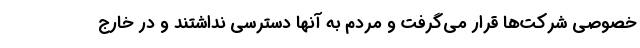
خصوصی شرکت‌ها قرار می‌گرفت و مردم به آنها دسترسی نداشتند و در خارج